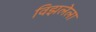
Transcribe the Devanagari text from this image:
विझलेला